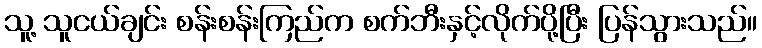
သူ့ သူငယ်ချင်း စန်းစန်းကြည်က စက်ဘီးနှင့်လိုက်ပို့ပြီး ပြန်သွားသည်။